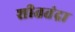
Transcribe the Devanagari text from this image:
शीततंद्रा